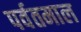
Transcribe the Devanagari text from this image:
पर्वतमाल